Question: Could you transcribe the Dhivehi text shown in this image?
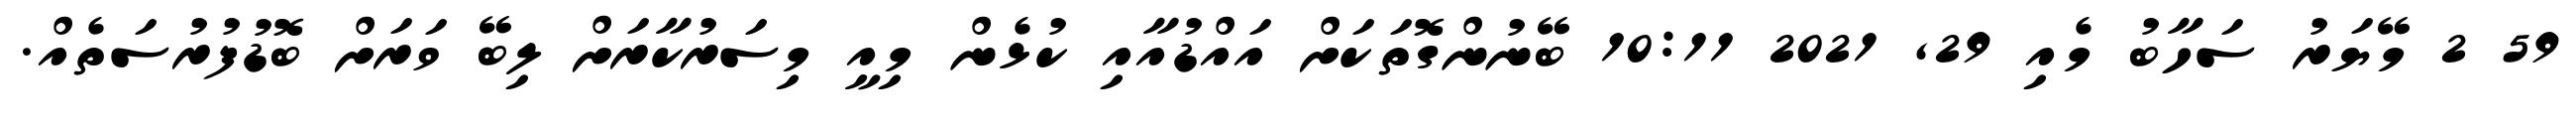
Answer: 59 2 މޭޔަރު ސަހާބު މެއި 29, 2021 10:11 ބޭނުންގޮތަކަށް އައްޑުއާއި ކުޅެން މިއީ މިސަރުކާރަށް ލިބޭ ވަރަށް ބޮޑުފުރުސަތެއް.